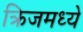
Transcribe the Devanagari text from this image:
क्रिजमध्ये